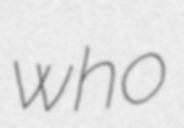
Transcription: who